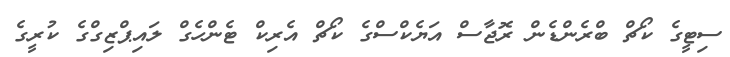
ސިޓީގެ ކޯޗް ބްރެންޑެން ރޮޖާސް އަޔެކްސްގެ ކޯޗް އެރިކް ޓެންހެގް ލައިޕްޒިގްގެ ކުރީގެ